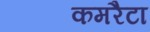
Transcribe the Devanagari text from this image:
कमरैटा